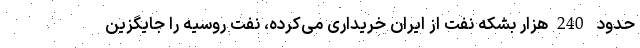
حدود 240هزار بشکه نفت از ایران خریداری می‌کرده، نفت روسیه را جایگزین